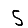
Digit: 5